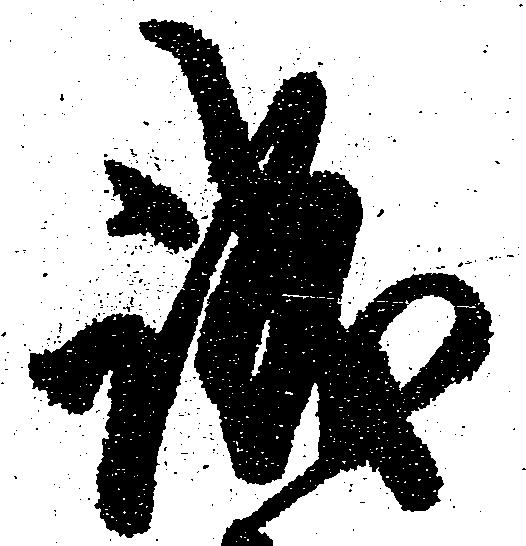
誠